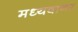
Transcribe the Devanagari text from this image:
मध्यवानर